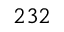
^ { 2 3 2 }